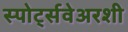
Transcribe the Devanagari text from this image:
स्पोर्ट्सवेअरशी